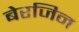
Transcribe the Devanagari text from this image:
बेरजिन